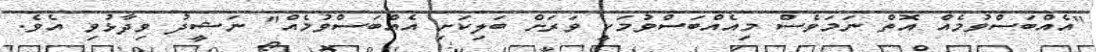
"އެއްބަސްވުމެއް އޮތް ނަމަވެސް މިއެއްބަސްވުމަކީ ވަރަށް ބަލިކަށި އެއްބަސްވުމެއް" ނަޝީދު ވިދާޅުވި އެވެ.